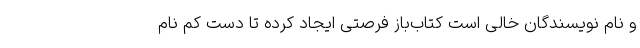
و نام نویسندگان خالی است کتاب‌باز فرصتی ایجاد کرده تا دست کم نام